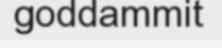
goddammit